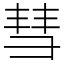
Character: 彗